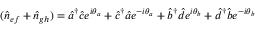
( \hat { n } _ { e f } + \hat { n } _ { g h } ) = \hat { a } ^ { \dagger } \hat { c } e ^ { i \theta _ { a } } + \hat { c } ^ { \dagger } \hat { a } e ^ { - i \theta _ { a } } + \hat { b } ^ { \dagger } \hat { d } e ^ { i \theta _ { b } } + \hat { d } ^ { \dagger } \hat { b } e ^ { - i \theta _ { b } }